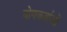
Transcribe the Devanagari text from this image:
योगकर्ताओं